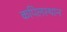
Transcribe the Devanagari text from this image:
कपिलस्थान